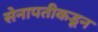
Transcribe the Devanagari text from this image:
सेनापतीकडून